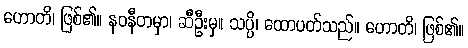
ဟောတိ၊ ဖြစ်၏။ နဝနီတမှာ၊ ဆီဦးမှ။ သပ္ပိ၊ ထောပတ်သည်။ ဟောတိ၊ ဖြစ်၏။